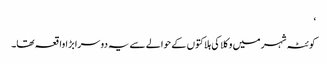
‘
کوئٹہ شہر میں وکلا کی ہلاکتوں کے حوالے سے یہ دوسرا بڑا واقعہ تھا۔